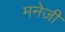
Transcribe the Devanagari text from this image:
मनेजी